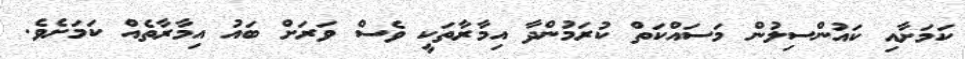
ކަމަށާއި ކައުންސިލުން މަސައްކަތް ކުރަމުންދާ އިމާރާތަކީ ވެސް ވަރަށް ބައު އިމާރާތެއް ކަމަށެވެ.